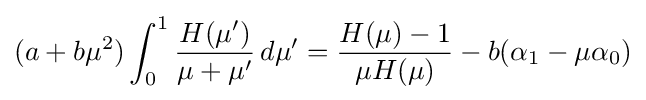
(a+b\mu ^{2})\int _{0}^{1}{\frac {H(\mu ')}{\mu +\mu '}}\,d\mu '={\frac {H(\mu )-1}{\mu H(\mu )}}-b(\alpha _{1}-\mu \alpha _{0})